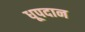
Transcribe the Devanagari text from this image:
धूपदान